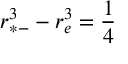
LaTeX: r _ { * - } ^ { 3 } - r _ { e } ^ { 3 } = { \frac { 1 } { 4 } }